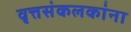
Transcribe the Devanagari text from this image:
वृत्तसंकलकांना